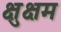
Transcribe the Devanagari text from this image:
क्षुक्षम